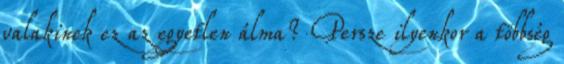
valakinek ez az egyetlen álma? Persze ilyenkor a többség